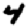
Digit: 4